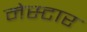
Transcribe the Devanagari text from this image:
मेस्टार